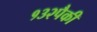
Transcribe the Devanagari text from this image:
१३२पैकी